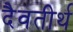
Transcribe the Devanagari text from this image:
दैवतीर्थ